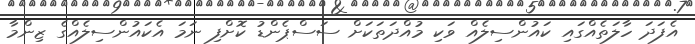
އެފަދަ ހާލަތެއްގައި ކައުންސިލެއް ވަކި މުއްދަތަކަށް ސަސްޕެންޑު ކޮށްފި ނަމަ އެކައުންސިލެއްގެ ޒިންމާ